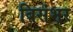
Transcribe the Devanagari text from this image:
बिसंभर